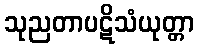
သုညတာပဋိသံယုတ္တာ